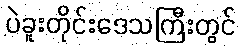
ပဲခူးတိုင်းဒေသကြီးတွင်